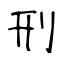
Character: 刑